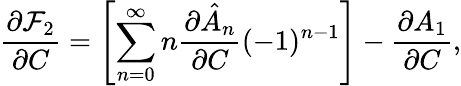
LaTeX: \frac{\partial\mathcal{F}_{2}}{\partial C}=\left[\sum_{n=0}^{\infty}n\frac{\partial\hat{A}_{n}}{\partial C}(-1)^{n-1}\right]-\frac{\partial A_{1}}{\partial C},